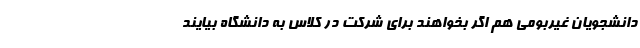
دانشجویان غیربومی هم اگر بخواهند برای شرکت در کلاس به دانشگاه بیایند